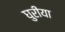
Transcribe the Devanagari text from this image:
घुरीया